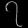
Digit: ၇